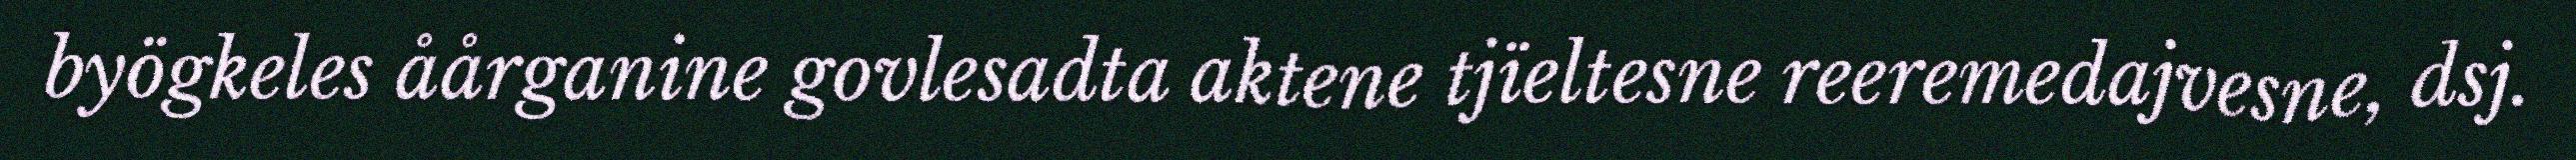
byögkeles åårganine govlesadta aktene tjïeltesne reeremedajvesne, dsj.